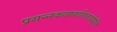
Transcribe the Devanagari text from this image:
प्रसन्नकथाकलितार्थयुक्ति